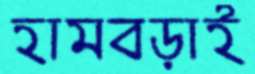
হামবড়াই